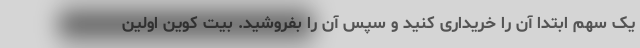
یک سهم ابتدا آن را خریداری کنید و سپس آن را بفروشید. بیت کوین اولین